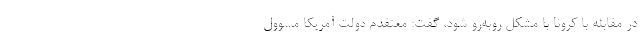
در مقابله با کرونا با مشکل روبه‌رو شود، گفت: معتقدم دولت آمریکا مسوول